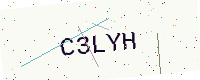
Text: C3LYH